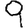
Digit: 9